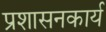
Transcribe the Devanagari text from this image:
प्रशासनकार्य